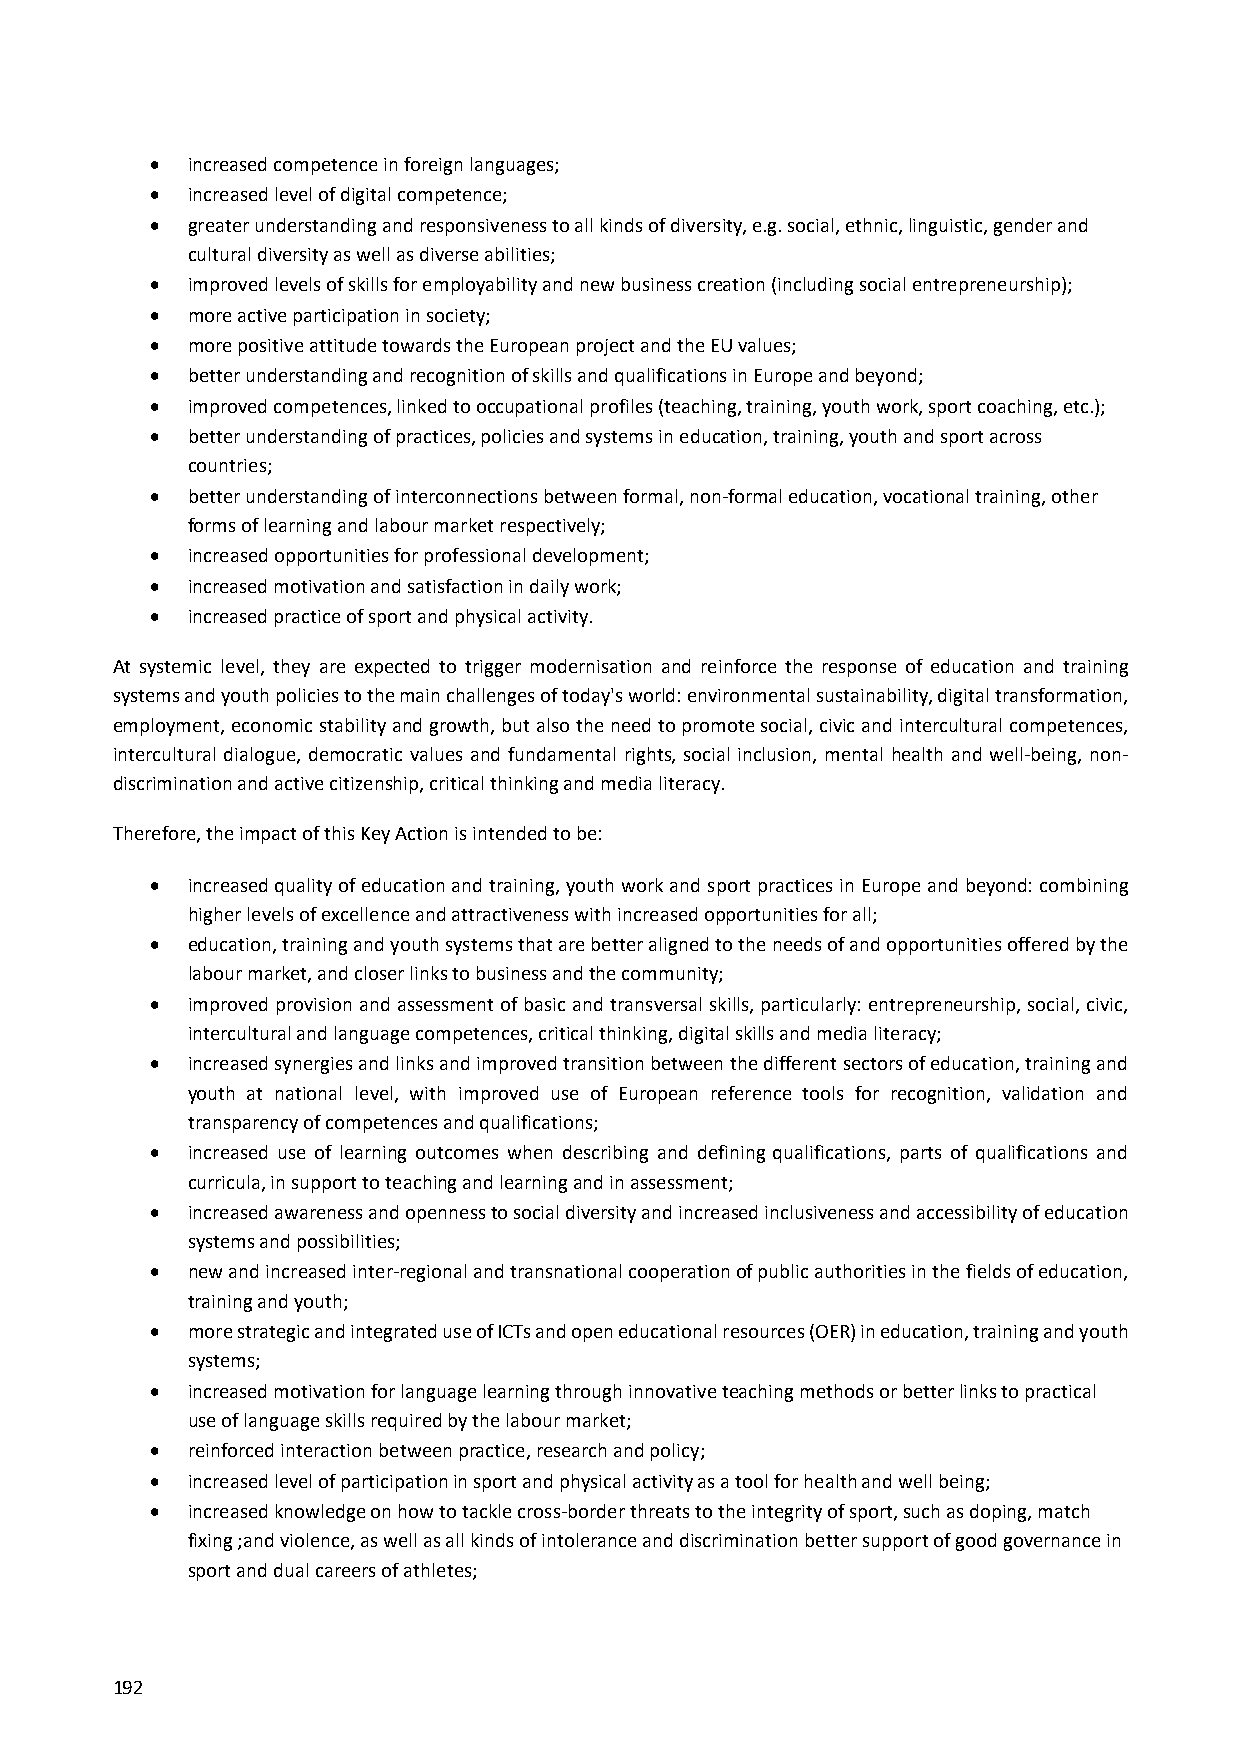
 increased competence in foreign languages;
  increased level of digital competence;
  greater understanding and responsiveness to all kinds of diversity, e.g. social, ethnic, linguistic, gender and
 cultural diversity as well as diverse abilities;
  improved levels of skills for employability and new business creation (including social entrepreneurship);
  more active participation in society;
  more positive attitude towards the European project and the EU values;
  better understanding and recognition of skills and qualifications in Europe and beyond;
  improved competences, linked to occupational profiles (teaching, training, youth work, sport coaching, etc.);
  better understanding of practices, policies and systems in education, training, youth and sport across
 countries;
  better understanding of interconnections between formal, non‐formal education, vocational training, other
 forms of learning and labour market respectively;
  increased opportunities for professional development;
  increased motivation and satisfaction in daily work;
  increased practice of sport and physical activity.
 At systemic level, they are expected to trigger modernisation and reinforce the response of education and training
 systems and youth policies to the main challenges of today's world: environmental sustainability, digital transformation,
 employment, economic stability and growth, but also the need to promote social, civic and intercultural competences,
 intercultural dialogue, democratic values and fundamental rights, social inclusion, mental health and well‐being, non‐
 discrimination and active citizenship, critical thinking and media literacy.
 Therefore, the impact of this Key Action is intended to be:
  increased quality of education and training, youth work and sport practices in Europe and beyond: combining
 higher levels of excellence and attractiveness with increased opportunities for all;
  education, training and youth systems that are better aligned to the needs of and opportunities offered by the
 labour market, and closer links to business and the community;
  improved provision and assessment of basic and transversal skills, particularly: entrepreneurship, social, civic,
 intercultural and language competences, critical thinking, digital skills and media literacy;
  increased synergies and links and improved transition between the different sectors of education, training and
 youth at national level, with improved use of European reference tools for recognition, validation and
 transparency of competences and qualifications;
  increased use of learning outcomes when describing and defining qualifications, parts of qualifications and
 curricula, in support to teaching and learning and in assessment;
  increased awareness and openness to social diversity and increased inclusiveness and accessibility of education
 systems and possibilities;
  new and increased inter‐regional and transnational cooperation of public authorities in the fields of education,
 training and youth;
  more strategic and integrated use of ICTs and open educational resources (OER) in education, training and youth
 systems;
  increased motivation for language learning through innovative teaching methods or better links to practical
 use of language skills required by the labour market;
  reinforced interaction between practice, research and policy;
  increased level of participation in sport and physical activity as a tool for health and well being;
  increased knowledge on how to tackle cross‐border threats to the integrity of sport, such as doping, match
 fixing ;and violence, as well as all kinds of intolerance and discrimination better support of good governance in
 sport and dual careers of athletes;
 192